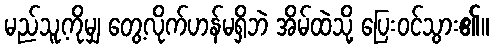
မည်သူ့ကိုမျှ တွေ့လိုက်ဟန်မရှိဘဲ အိမ်ထဲသို့ ပြေးဝင်သွား၏။